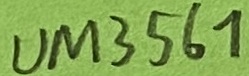
Text: UM3561